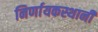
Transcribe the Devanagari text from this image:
निर्णायकस्थानी